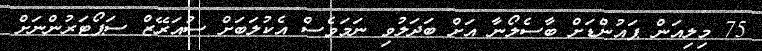
75 މިލިއަން ޕައުންޑަށް ބާސެލޯނާ އަށް ބަދަލުވި ނަމަވެސް އެކުލަބަށް ސުއަރޭޒް ސަޕޯޓަރުންނަށް